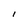
Character: I